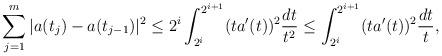
LaTeX: \begin{align*}\sum_{j=1}^m |a(t_{j})-a(t_{j-1})|^2 \leq 2^i\int_{2^i}^{2^{i+1}} (ta'(t))^2 \frac{dt}{t^2} \leq \int_{2^i}^{2^{i+1}} (ta'(t))^2 \frac{dt}{t},\end{align*}